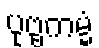
ပုဗ္ဗကမ္မံ